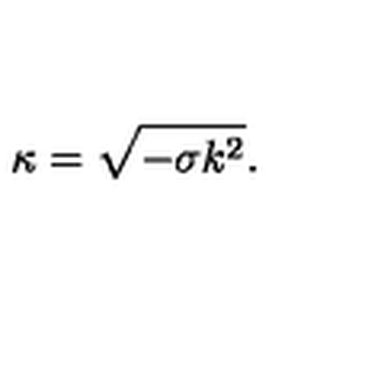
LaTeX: \kappa = \sqrt { - \sigma k ^ { 2 } } .